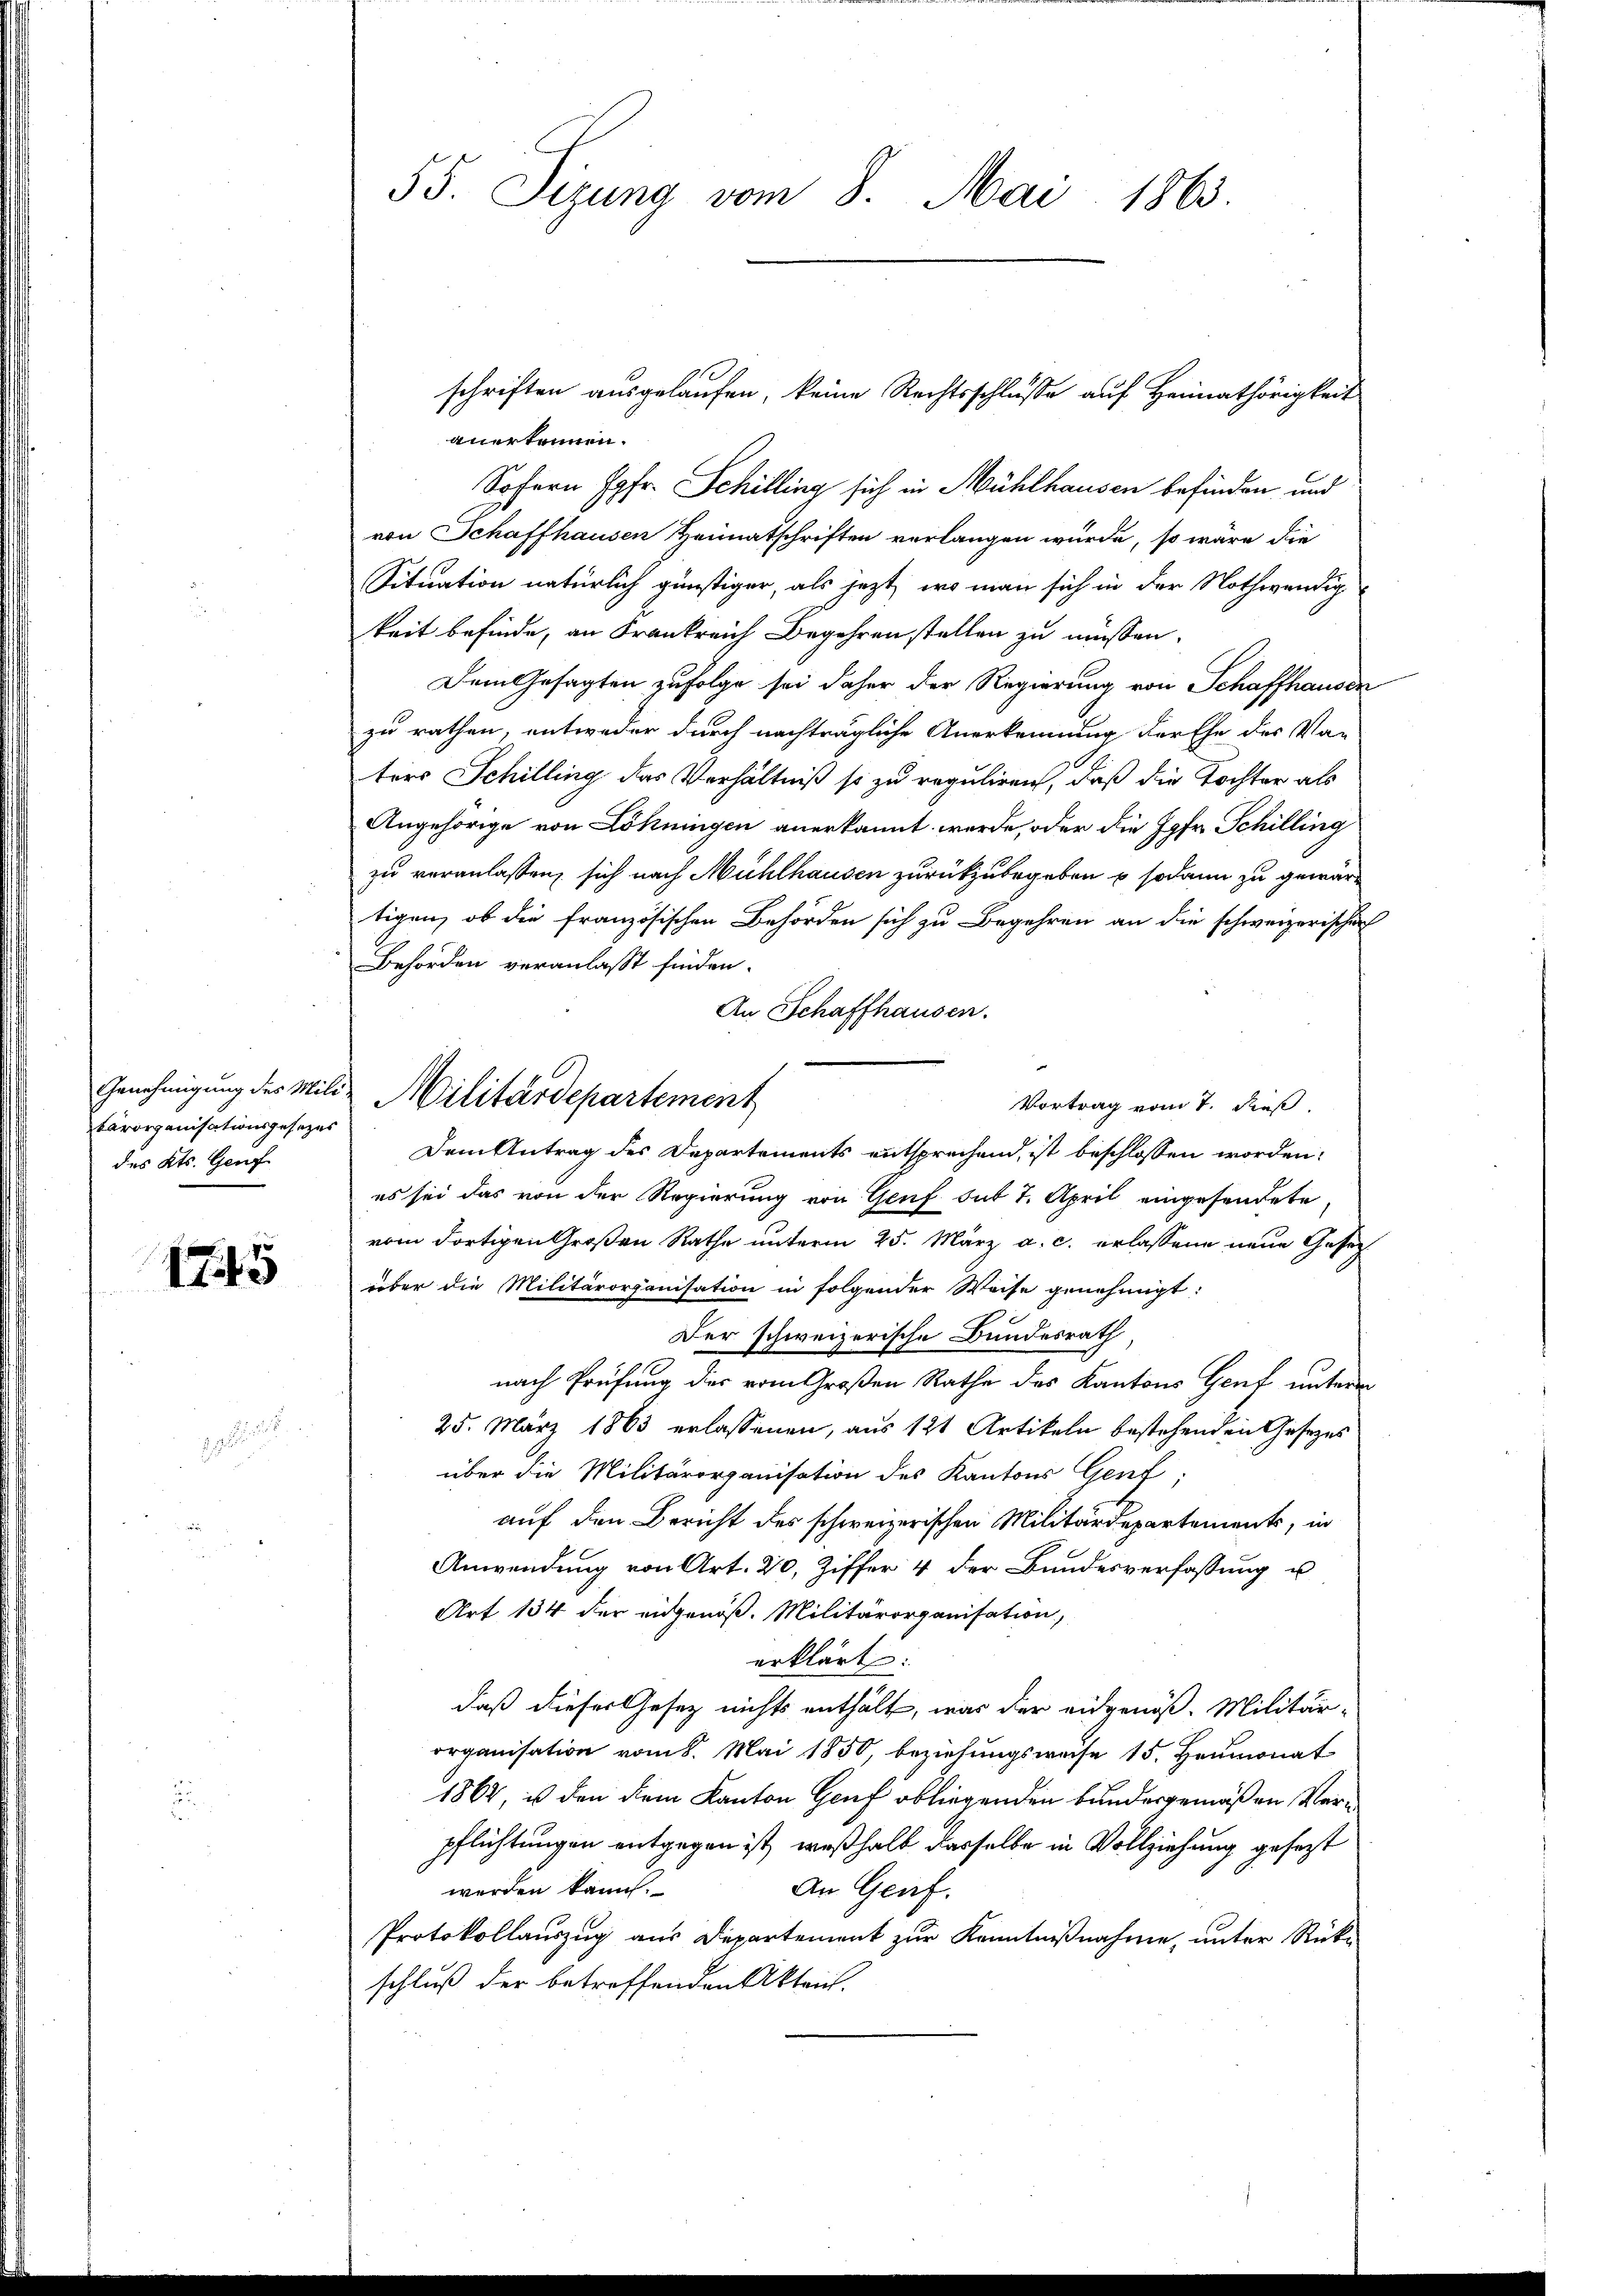
Genehmigung des Mili-
karorganisationsgesetzes
des Kts. Genf

1745

55. Sizung vom 8. Mai 1863.

schriften ausgelaufen, keine Rechtsschlusse auf Heimathörigkeit
anerkennen.
Sofern Jgfr. Schilling sich in Mühlhausen befinden und
von Schaffhausen Heimatschriften verlangen würde, so wäre die
Situation natürlich günstiger, als jezt, wo man sich in der Nothwendig
keit befinde, an Frankreich Begehren stellen zu müssen.
Dem Gesagten zufolge sei daher der Regierung von Schaffhausen
zu rathen, entweder durch nachträgliche Anerkennung der Ehe der Va-
ters Schilling das Verhältniß so zu reguliren, daß die Tochter als
Angehörige von Löhningen anerkannt werde, oder die Jgfr. Schilling
zu veranlassen, sich nach Mühlhausen zurückzubegeben & sodann zu gewärtigen, ob die französischen Behörden sich zu Begehren an die schweizerischer
Behörden veranlaßt finden.
An Schaffhausen.
Vortrag vom 7. daß
Dem Antrag des Departements entsprechend, ist beschlossen worden:
es sei das von der Regierung von Genf sub 7. April eingesendete
vom dortigen Großen Rathe unterm 25. März a. c. erlassene neue Geset
über die Militärorganisation in folgender Weise genehmigt:
Der schweizerische Bundesrath
nach Prüfung der vom Großen Rathe des Kantons Genf unterm
25. März 1863 erlassenen, aus 121 Artikeln bestehenden Gesezes
über die Militärorganisation des Kantons Genf
auf den Bericht des schweizerischen Militärdepartements, in
Anwendung von Art. 20, Ziffer 4 der Bundesverfassung u
Art 134 der eidgenöß. Militärorganisation,
erklärt:
daß dieser Gesetz nichts enthält, was der eidgenöß. Militär-
organisation vom 8. Mai 1850, beziehungsweise 15. Heumonat
1864, ist den dem Kanton Genf obliegenden Bundesgemäßen Verpflichtungen entgegen ist, weßhalb dasselbe in Vollziehung gesezt
werden kann.
An Genf.
Protokollauszug aus Departement zur Kenntnißnahme, unter Rück-
schluß der betreffenden Akten.

Militärdepartement